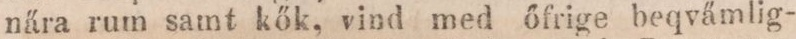
nära rum samt kők, vind med őfrige beqvämlig-